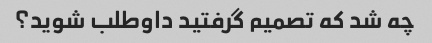
چه شد که تصمیم گرفتید داوطلب شوید؟